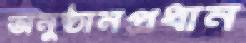
অনুষ্ঠানপ্রধান